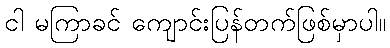
ငါ မကြာခင် ကျောင်းပြန်တက်ဖြစ်မှာပါ။